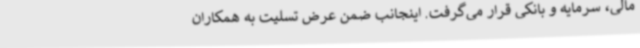
مالی، سرمایه و بانکی قرار می‌گرفت. اینجانب ضمن عرض تسلیت به همکاران